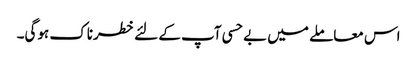
اس معاملے میں بے حسی آپ کے لئے خطرناک ہوگی۔